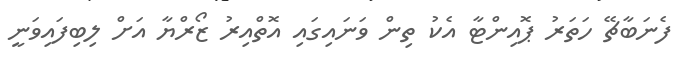
ފެނަބާޗޭ ހަތަރު ޕޮއިންޓާ އެކު ތިން ވަނައިގައި އޮތްއިރު ޒޯރްޔާ އަށް ލިބިފައިވަނީ